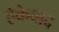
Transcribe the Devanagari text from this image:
हेकेवाद